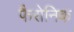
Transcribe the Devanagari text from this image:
फैरोनिक